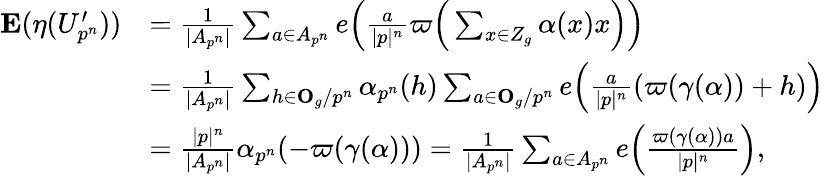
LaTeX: \begin{array}{rl}{\mathbf{E}(\eta(U_{p^{n}}^{\prime}))}&{=\frac{1}{|A_{p^{n}}|}\sum_{a\in A_{p^{n}}}e\Bigl(\frac{a}{|p|^{n}}\varpi\Bigr(\sum_{x\in Z_{g}}\alpha(x)x\Bigr)\Bigr)}\\ &{=\frac{1}{|A_{p^{n}}|}\sum_{h\in\mathbf{O}_{g}/p^{n}}\alpha_{p^{n}}(h)\sum_{a\in\mathbf{O}_{g}/p^{n}}e\Bigl(\frac{a}{|p|^{n}}(\varpi(\gamma(\alpha))+h)\Bigr)}\\ &{=\frac{|p|^{n}}{|A_{p^{n}}|}\alpha_{p^{n}}(-\varpi(\gamma(\alpha)))=\frac{1}{|A_{p^{n}}|}\sum_{a\in A_{p^{n}}}e\Bigl(\frac{\varpi(\gamma(\alpha))a}{|p|^{n}}\Bigr),}\end{array}